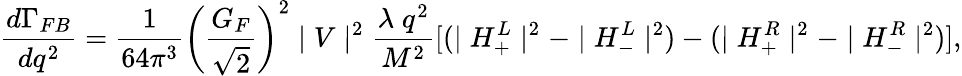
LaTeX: \displaystyle\frac{d\Gamma_{FB}}{dq^{2}}=\displaystyle\frac{1}{64\pi^{3}}\left(\frac{G_{F}}{\sqrt{2}}\right)^{2}\mid V\mid^{2}\frac{\lambda\; q^{2}}{M^{2}}[(\mid H_{+}^{L}\mid^{2}-\mid H_{-}^{L}\mid^{2})-(\mid H_{+}^{R}\mid^{2}-\mid H_{-}^{R}\mid^{2})],